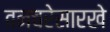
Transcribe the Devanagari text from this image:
वनचरेसारखे